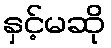
နှင့်မဆို